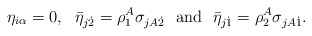
\begin{align*}\eta_{i\alpha}=0,~~\bar{\eta}_{j\dot{2}}=\rho^A_1 \sigma_{jA\dot{2}}~~\mbox{and}~~\bar{\eta}_{j\dot{1}} = \rho^A_2 \sigma_{jA\dot{1}}. \end{align*}